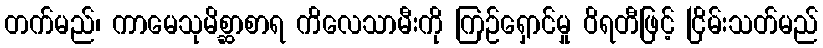
တက်မည်၊ ကာမေသုမိစ္ဆာစာရ ကိလေသာမီးကို ကြဉ်ရှောင်မှု ဝိရတီဖြင့် ငြိမ်းသတ်မည်